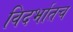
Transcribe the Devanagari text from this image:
विदर्भातच